Vaccination report Assam 1874-1896 - 1874-1896
Year: 1874
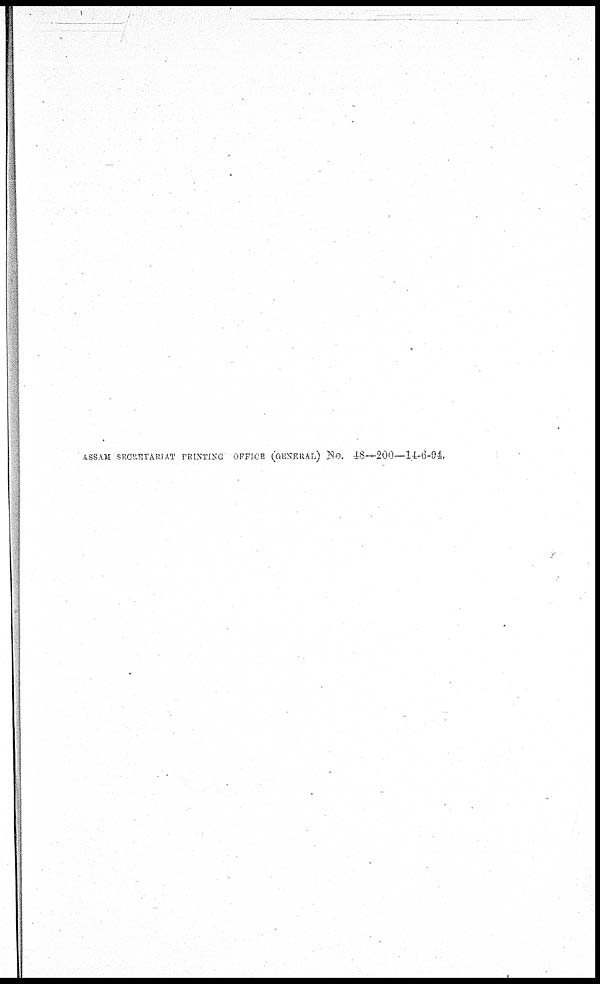
ASSAM SECRETARIAT PRINTING OFFICE (GENERAL) No. 48—200—14-6-94.